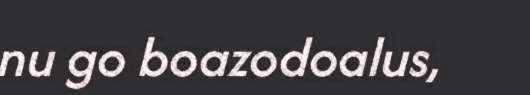
nu go boazodoalus,